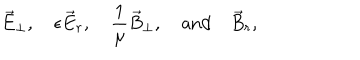
\vec { E } _ { \perp } , \quad \epsilon \vec { E } _ { r } , \quad { \frac { 1 } { \mu } } \vec { B } _ { \perp } , \quad \mathrm { a n d } \quad \vec { B } _ { r } ,